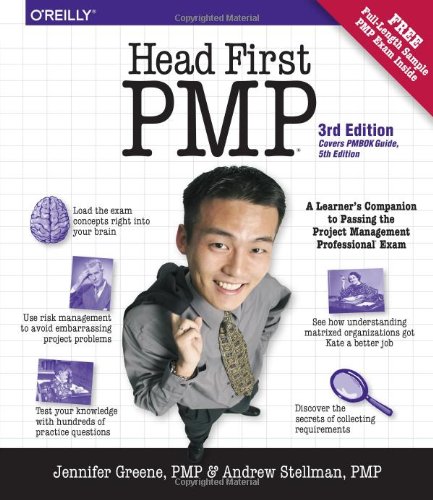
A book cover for Head First PMP; Jennifer Greene; Test Preparation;